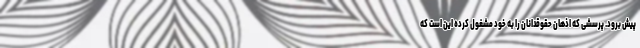
پیش برود. پرسشی که اذهان حقوقدانان را به خود مشغول کرده این است که